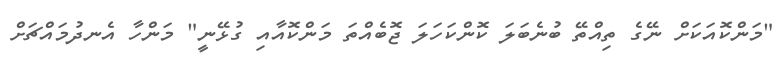
"މަންކޮއަކަށް ނޭގެ ތިއްތޭ ބުނެބަލަ ކޮންކަހަލަ ޖޮބެއްތަ މަންކޮއާއި ގުޅޭނީ" މަންހާ އެނދުމައްޗަށް